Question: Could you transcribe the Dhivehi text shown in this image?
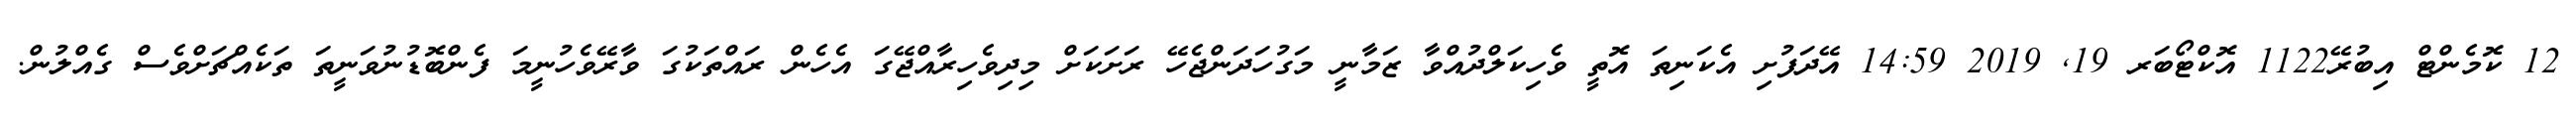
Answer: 12 ކޮމެންޓް އިބުރޭ1122 އޮކްޓޯބަރ 19, 2019 14:59 އޭދަފުށި އެކަނިތަ އޮތީ ވެހިކަލްދުއްވާ ޒަމާނީ މަގުހަދަންޖެހޭ ރަށަކަށް މިދިވެހިރާއްޖޭގަ އެހެން ރައްތަކުގަ ވާރޭވެހުނީމަ ފެންބޮޑުނުވަނީތަ ތަކެއްޗަށްވެސް ގެއްލުން.